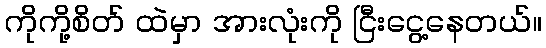
ကိုကို့စိတ် ထဲမှာ အားလုံးကို ငြီးငွေ့နေတယ်။